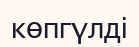
көпгүлді